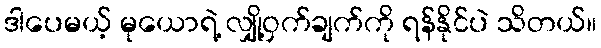
ဒါပေမယ့် မုယောရဲ့ လျှို့ဝှက်ချက်ကို ရန်နိုင်ပဲ သိတယ်။